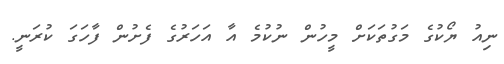
ނިއު ޔޯކުގެ މަގުތަކަށް މީހުން ނުކުމެ އާ އަހަރުގެ ފެށުން ފާހަގަ ކުރަނީ.